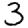
Digit: 3